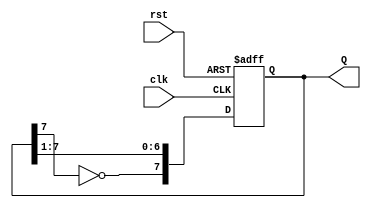
module johnson_counter (
    input wire clk,      // Clock signal
    input wire rst,      // Active-high reset signal
    output reg [7:0] Q   // 8-bit output representing the counter state
);

// Sequential logic to implement the Johnson counter
always @(posedge clk or posedge rst) begin
    if (rst) begin
        Q <= 8'b00000000; // Reset the counter to 0
    end else begin
        Q <= {~Q[7], Q[7:1]}; // Shift right and invert the last bit to the first
    end
end

endmodule